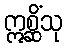
ဣစ္ဆိံသု